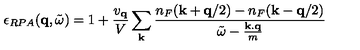
\epsilon _ { R P A } ( { \bf { q } } , { \tilde { \omega } } ) = 1 + \frac { v _ { { \bf { q } } } } { V } \sum _ { { \bf { k } } } \frac { n _ { F } ( { \bf { k } } + { \bf { q } } / 2 ) - n _ { F } ( { \bf { k } } - { \bf { q } } / 2 ) } { { \tilde { \omega } } - \frac { { \bf { k . q } } } { m } }